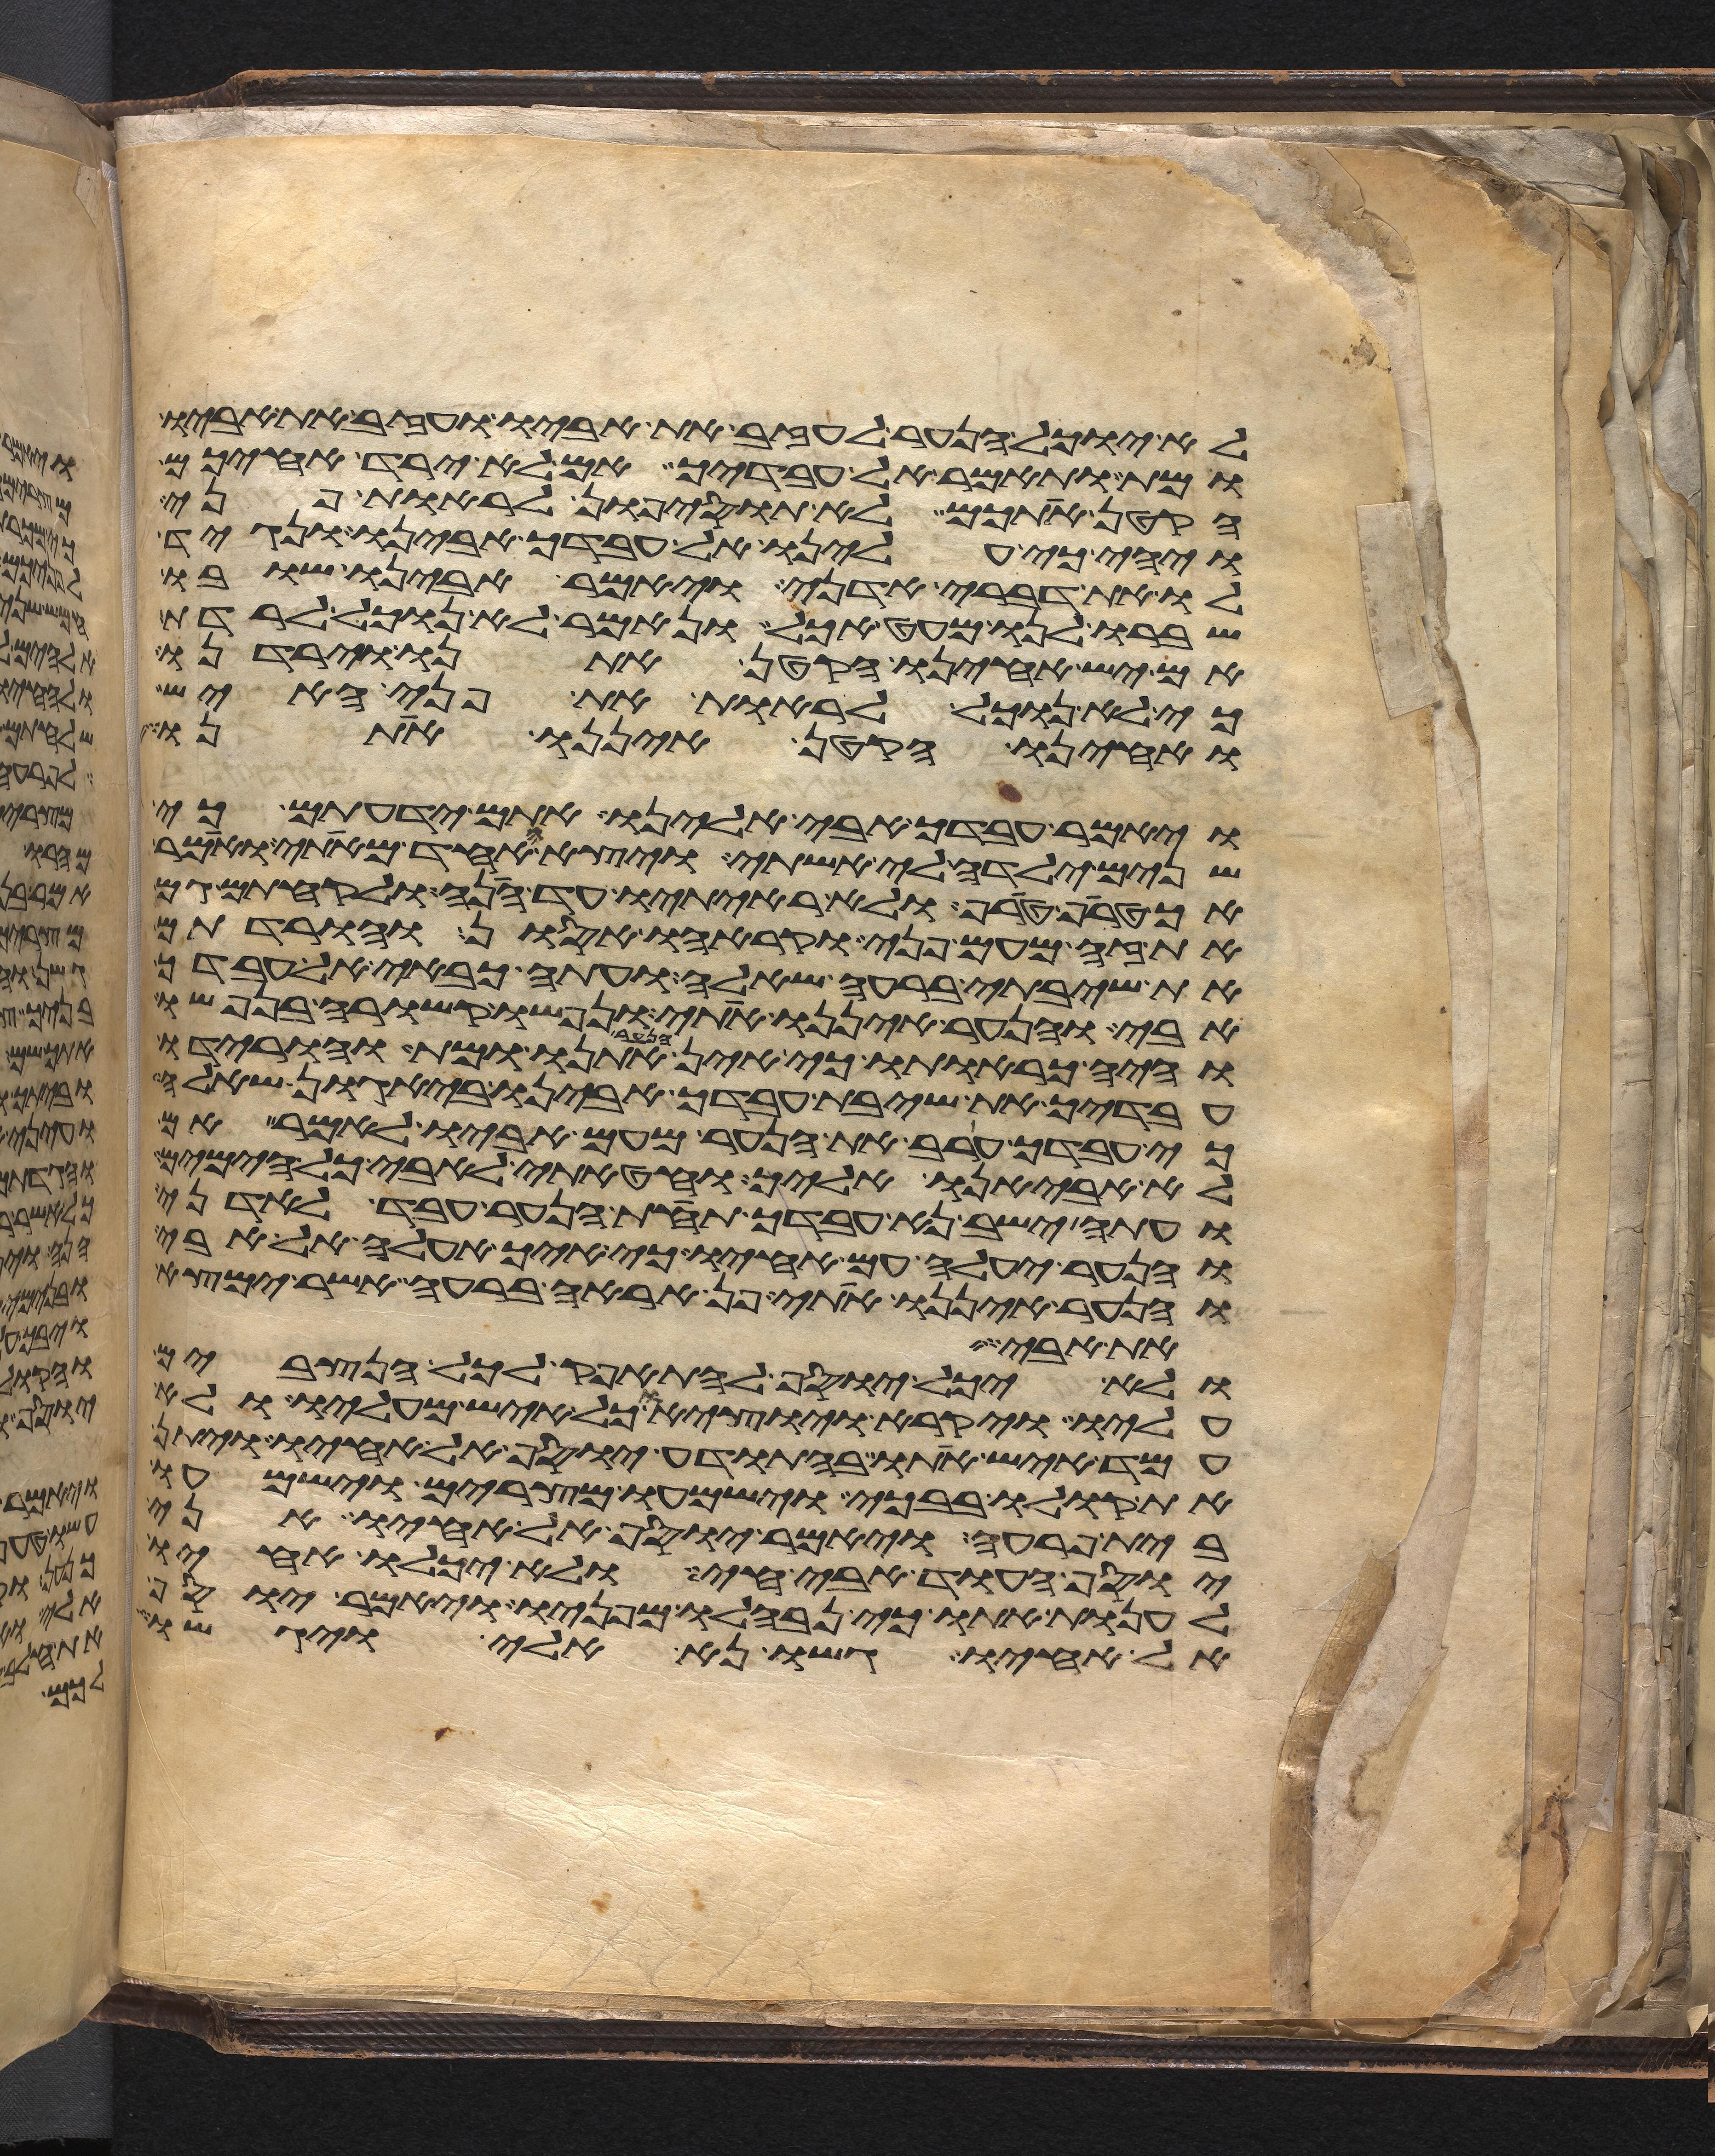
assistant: לא יוכל הנער לעזב את אביו ועזב את אביו
ומת ותאמר אל עבדיך אם לא ירד אחיכם
הקטן אתכם לא תוסיפון לראות פני
ויהי כי עלינו אל עבדך אבינו ונגיד
לו את דברי אדני ויאמר אבינו שובו
ושברו לנו מעט אכל ונאמר לא נוכל לרדת
אם יש אחינו הקטן אתנו וירדנו
כי לא נוכל לראות את פני האיש
ואחינו הקטן איננו אתנו
ויאמר עבדך אבי אלינו אתם ידעתם כי
שנים ילדה לי אשתי ויצא האחד מאתי ואמר
הך טרף טרף ולא ראיתיו עד הנה ולקחתם גם
את זה מעם פני וקראהו אסון והורדתם
את שיבתי ברעה שאלה ועתה כבאי אל עבדך
אבי והנער איננו אתי ונפשו קשורה בנפשו
והיה כראותו כי אין הנער אתנו ומת והורידו
עבדיך את שיבת עבדך אבינו ביגון שאלה
כי עבדך ערב את הנער מעם אביו לאמר אם
לא אביאנו אליך וחטאתי לאבי כל הימים
ועתה ישב נא עבדך תחת הנער עבד לאדני
והנער יעלה עם אחיו כי איך אעלה אל אבי
והנער איננו אתי פן אראה ברעה אשר ימצא
את אחרי
ולא יכל יוסף להתאפק לכל הנצבים
עליו ויקרא והוציאו כל איש מעליו ולא
עמד איש אתו בהתודע יוסף אל אחיו ויתן
את קולו בבכי וישמעו מצרים וישמעו
בית פרעה ויאמר יוסף אל אחיו אני
יוסף העוד אבי חי ולא יכלו אחיו
לענות אתו כי נבהלו מפניו ויאמר יוסף
אל אחיו גשו נא אלי ויגשו